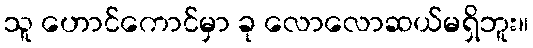
သူ ဟောင်ကောင်မှာ ခု လောလောဆယ်မရှိဘူး။